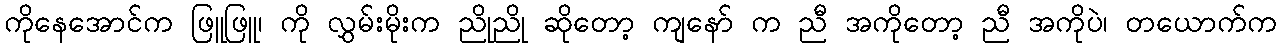
ကိုနေအောင်က ဖြူဖြူ၊ ကို လွှမ်းမိုးက ညိုညို ဆိုတော့ ကျနော် က ညီ အကိုတော့ ညီ အကိုပဲ၊ တယောက်က